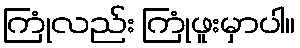
ကြုံလည်း ကြုံဖူးမှာပါ။